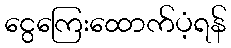
ငွေကြေးထောက်ပံ့ရန်